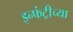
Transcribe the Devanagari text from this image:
इन्फंट्रीच्या